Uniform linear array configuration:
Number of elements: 12
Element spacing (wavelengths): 0.75
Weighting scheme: exponential
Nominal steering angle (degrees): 15
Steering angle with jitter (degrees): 14.599
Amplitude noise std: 0.05
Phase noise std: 0.05

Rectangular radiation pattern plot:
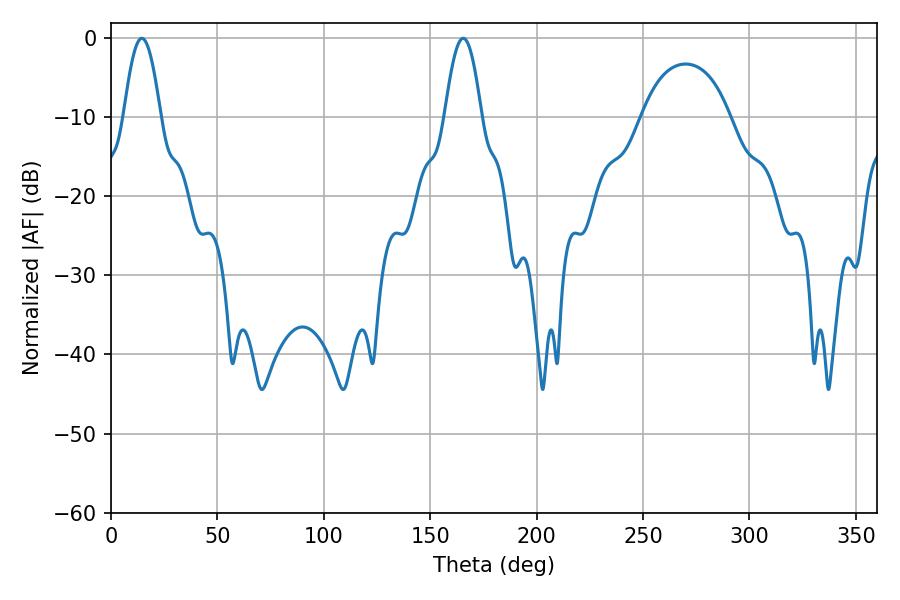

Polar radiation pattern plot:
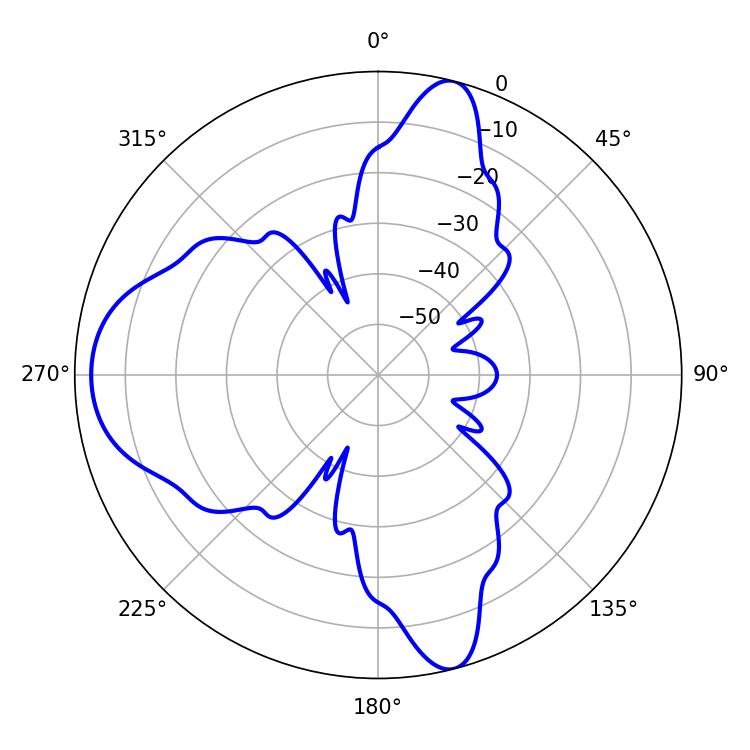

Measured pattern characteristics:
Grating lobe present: TRUE
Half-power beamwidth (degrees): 9.36
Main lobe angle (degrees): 14.58